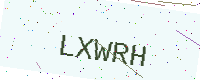
Text: LXWRH